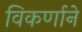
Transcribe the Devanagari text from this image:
विकर्णाने